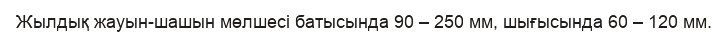
Жылдық жауын-шашын мөлшесі батысында 90 – 250 мм, шығысында 60 – 120 мм.